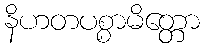
နိဟတပစ္စာမိတ္တော